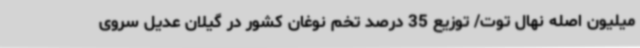
میلیون اصله نهال توت/ توزیع 35 درصد تخم نوغان کشور در گیلان عدیل سروی